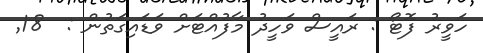
ހަވީރު ފޮޓޯ : ރައީސް ވަހީދު މާފުއްޓަށް ވަޑައިގަތުން :  18